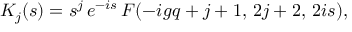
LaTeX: K _ { j } ( s ) = s ^ { j } \, e ^ { - i s } \, F ( - i g q + j + 1 , \, 2 j + 2 , \, 2 i s ) ,